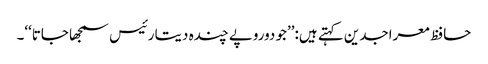
حافظ معراجدین کہتے ہیں:’’جو دوروپے چندہ دیتا رئیس سمجھا جاتا‘‘۔